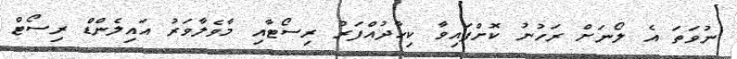
ނުވަތަ އެ ލޯނަށް ރަހުނު ކޮށްފައިވާ ކިހާދުއްފަރު ރިސޯޓާއި މާވެލާވަރު އައިލެންޑް ރިސޯޓް